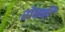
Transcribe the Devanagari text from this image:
रोक्की